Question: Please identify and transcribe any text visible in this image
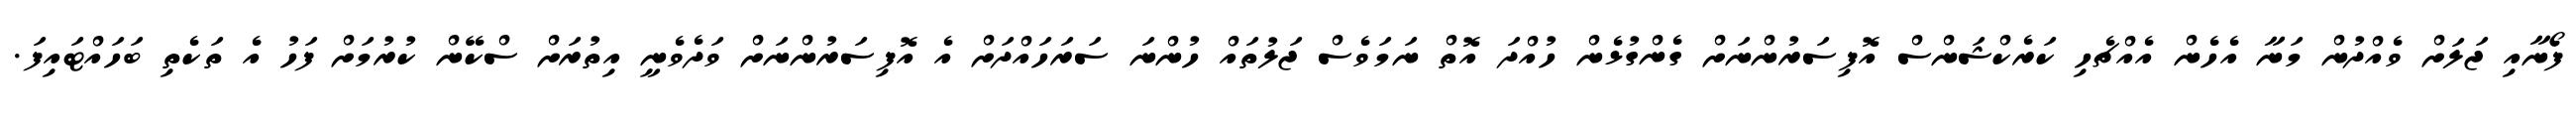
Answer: ފޯނާއި ޖަލަށް ވެއްދުން މަނާ އެހެން އެއްޗެހި ކަރެކްޝަންސް އޮފިސަރުންނަށް ގެންގުޅެން ހުއްދަ އޮތް ނަމަވެސް ޖަލުތައް ހުންނަ ސަރަހައްދަށް އެ އޮފިސަރުންނަށް ވަދެވެނީ އިތުރަށް ސްކޭން ކުރުމަށް ފަހު އެ ތަކެތި ބަހައްޓައިފަ.